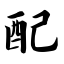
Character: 配